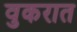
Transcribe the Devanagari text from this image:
वुकरात